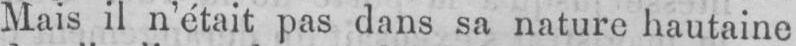
Mais il n’était pas dans sa nature hautaine